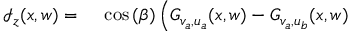
\begin{array} { r l } { \mathcal { I } _ { z } ( x , w ) = { } } & { { } \cos { ( \beta ) } \left( G _ { v _ { a } , u _ { a } } ( x , w ) - G _ { v _ { a } , u _ { b } } ( x , w ) \right. } \end{array}